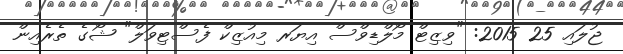
ޖުލައި 25 2015: "ވިޒިޓް މޯލްޑިވްސް އިޔަރ މިއުޒިކް ފެސްޓިވަލް" ޝޯގެ ތެރެއިން